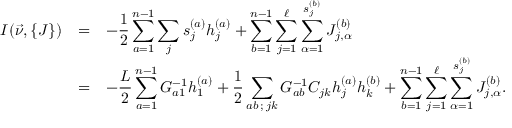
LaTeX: \begin{array} { c c l } { { { \cal I } ( \vec { \nu } , \{ J \} ) } } & { { = } } & { { \displaystyle - { \frac { 1 } { 2 } } \sum _ { a = 1 } ^ { n - 1 } \sum _ { j } s _ { j } ^ { ( a ) } h _ { j } ^ { ( a ) } + \sum _ { b = 1 } ^ { n - 1 } \sum _ { j = 1 } ^ { \ell } \sum _ { \alpha = 1 } ^ { s _ { j } ^ { ( b ) } } J _ { j , \alpha } ^ { ( b ) } } } \\ { { } } & { { = } } & { { \displaystyle - { \frac { L } { 2 } } \sum _ { a = 1 } ^ { n - 1 } G _ { a 1 } ^ { - 1 } h _ { 1 } ^ { ( a ) } + { \frac { 1 } { 2 } } \sum _ { a b \, ; \, j k } G _ { a b } ^ { - 1 } C _ { j k } h _ { j } ^ { ( a ) } h _ { k } ^ { ( b ) } + \sum _ { b = 1 } ^ { n - 1 } \sum _ { j = 1 } ^ { \ell } \sum _ { \alpha = 1 } ^ { s _ { j } ^ { ( b ) } } J _ { j , \alpha } ^ { ( b ) } . } } \end{array}